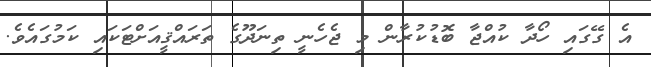
އެ ގޭގައި ހޯދާ ކުއްޖާ ބޮޑުކުރާން މި ޖެހެނީ ތިނަދޫގެ ތަރައްޤީއަށްޓަކައި ކަމުގައެވެ.